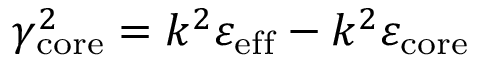
\gamma _ { \mathrm { c o r e } } ^ { 2 } = k ^ { 2 } \varepsilon _ { \mathrm { e f f } } - k ^ { 2 } \varepsilon _ { \mathrm { c o r e } }